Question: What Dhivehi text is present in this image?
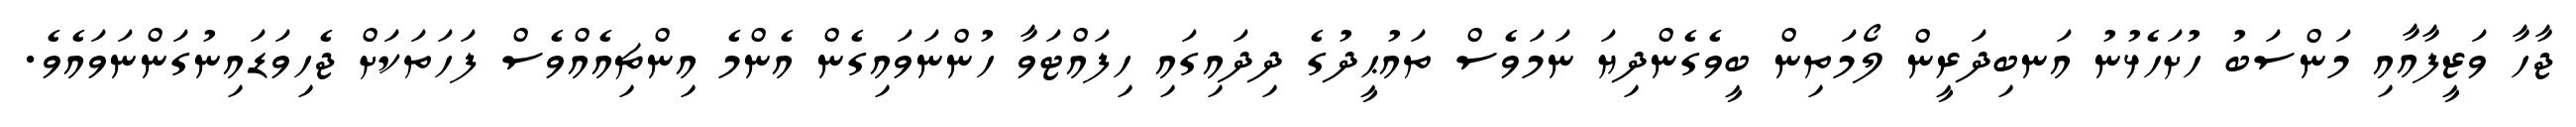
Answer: ޖާހާ ވަޒީފާއާއި މަންސަބު ހުށަހެޅުނު އަނބިދަރީން ލޯމަތިން ބީވެގެންދިޔަ ނަމަވެސް ތައުޙީދުގެ ދިދައިގައި ހިފައްޓަވާ ހުންނަވައިގެން އެންމެ އިންޗިއެއްވެސް ފަހަތަކަށް ޖެހިވަޑައިނުގަންނަވައެވެ.